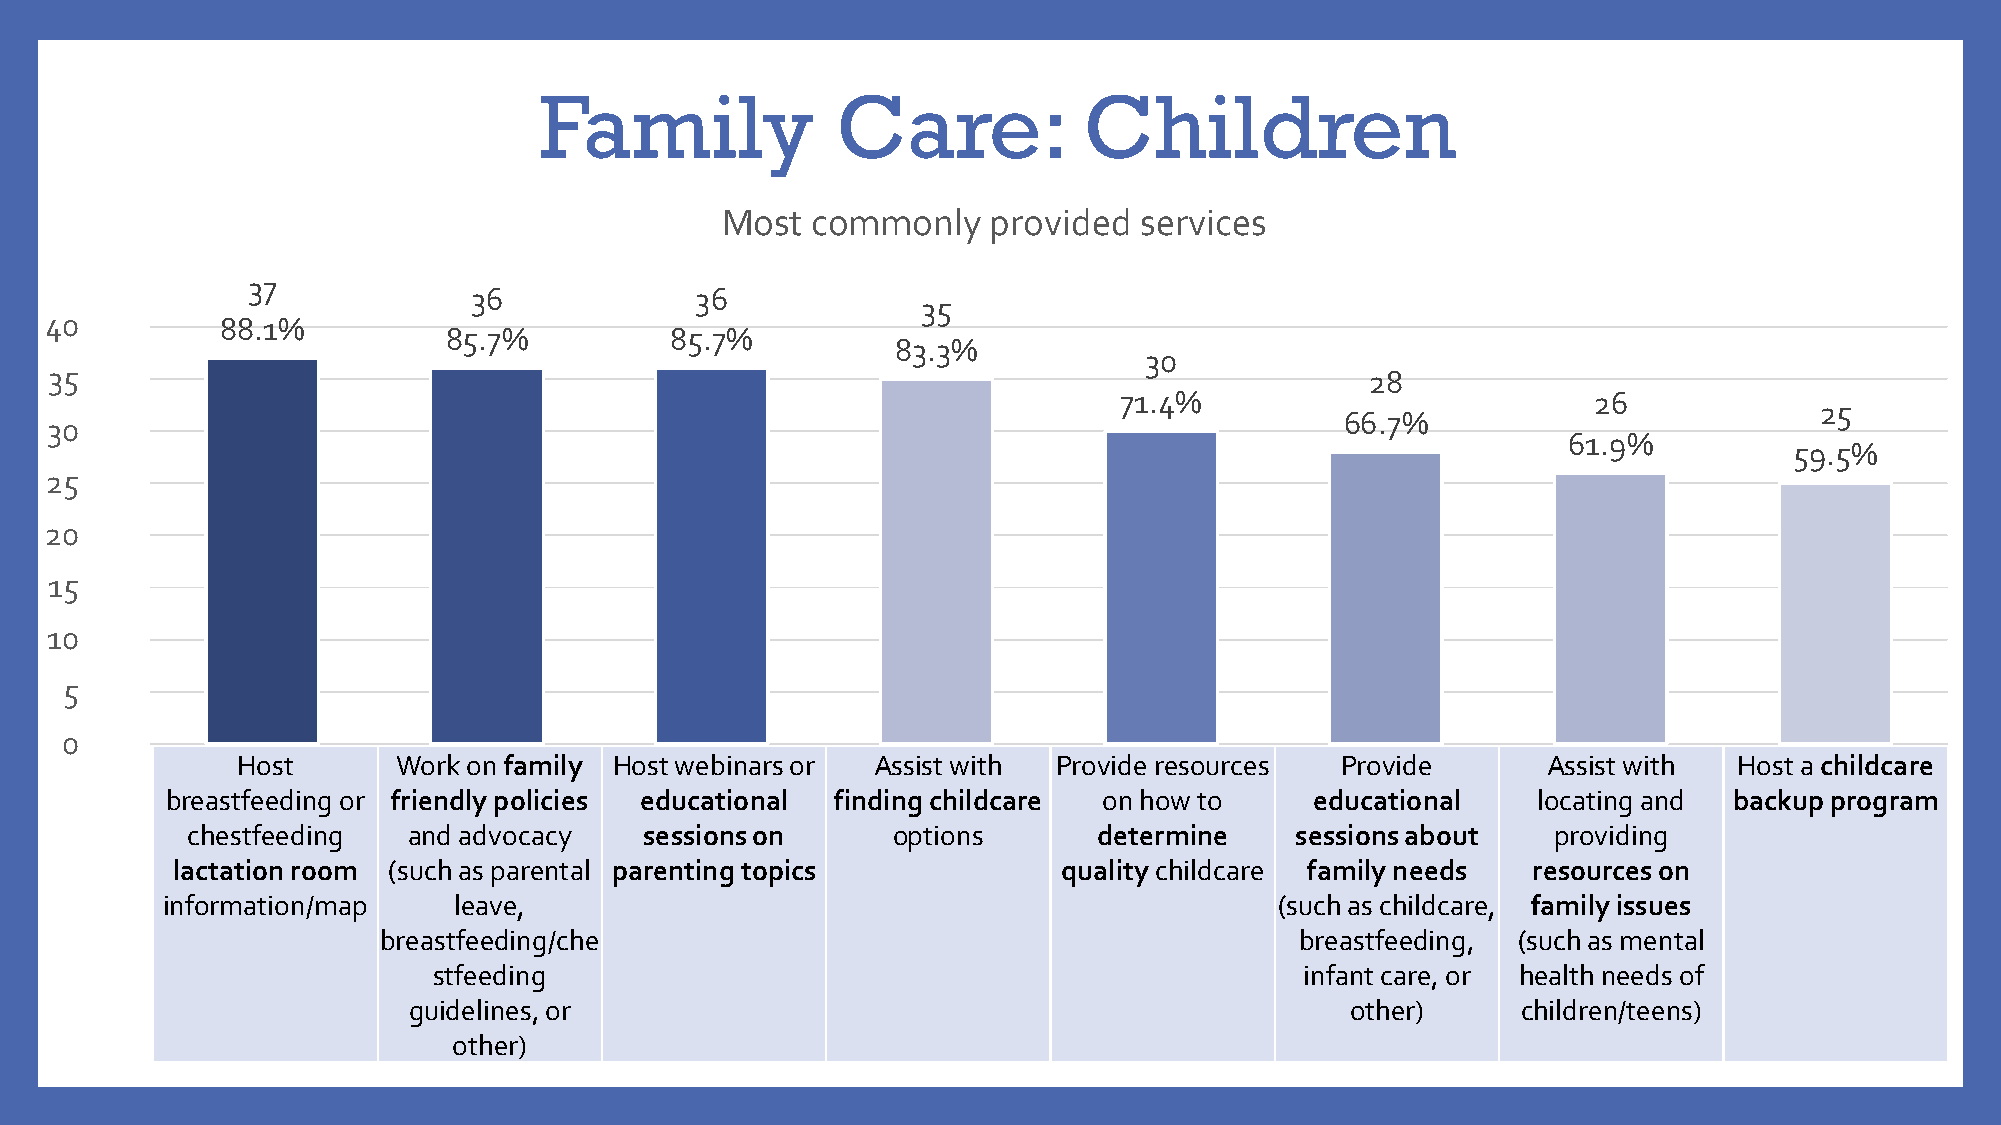
Family             Care:            Children
 Most  commonly    provided services
 37
 36             36
 35
 40          88.1%
 85.7%          85.7%
 83.3%
 30
 35                                                                                      28
 71.4%                          26
 25
 66.7%
 30
 61.9%
 59.5%
 25
 20
 15
 10
 5
 0
 Host      Work on family Host webinars or Assist with Provide resources  Provide      Assist with  Host a childcare
 breastfeeding or friendly policies educational finding childcare on how to  educational    locating and backup program
 chestfeeding   and advocacy    sessions on     options       determine    sessions about   providing
 lactation room (such as parental parenting topics          quality childcare family needs resources on
 information/map    leave,                                                 (such as childcare, family issues
 breastfeeding/che                                            breastfeeding, (such as mental
 stfeeding                                                infant care, or health needs of
 guidelines, or                                                other)      children/teens)
 other)